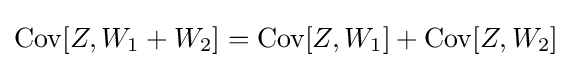
\operatorname {Cov} [Z,W_{1}+W_{2}]=\operatorname {Cov} [Z,W_{1}]+\operatorname {Cov} [Z,W_{2}]